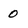
Character: 0